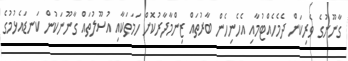
ގާނޫނުގެ ވެރިކަން ދެމެހެއްޓުމާއި އެހެނިހެން ބާރުތައް ޒިންމާދާރުކޮށް ހަމަތަކާއި އުސޫލުތައް ގާނޫނަކުން ކަނޑައެޅުމުގެ